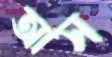
আস